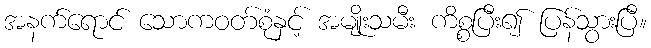
အနက်ရောင် သောကဝတ်စုံနှင့် အမျိုးသမီး ကိစ္စပြီး၍ ပြန်သွားပြီ။